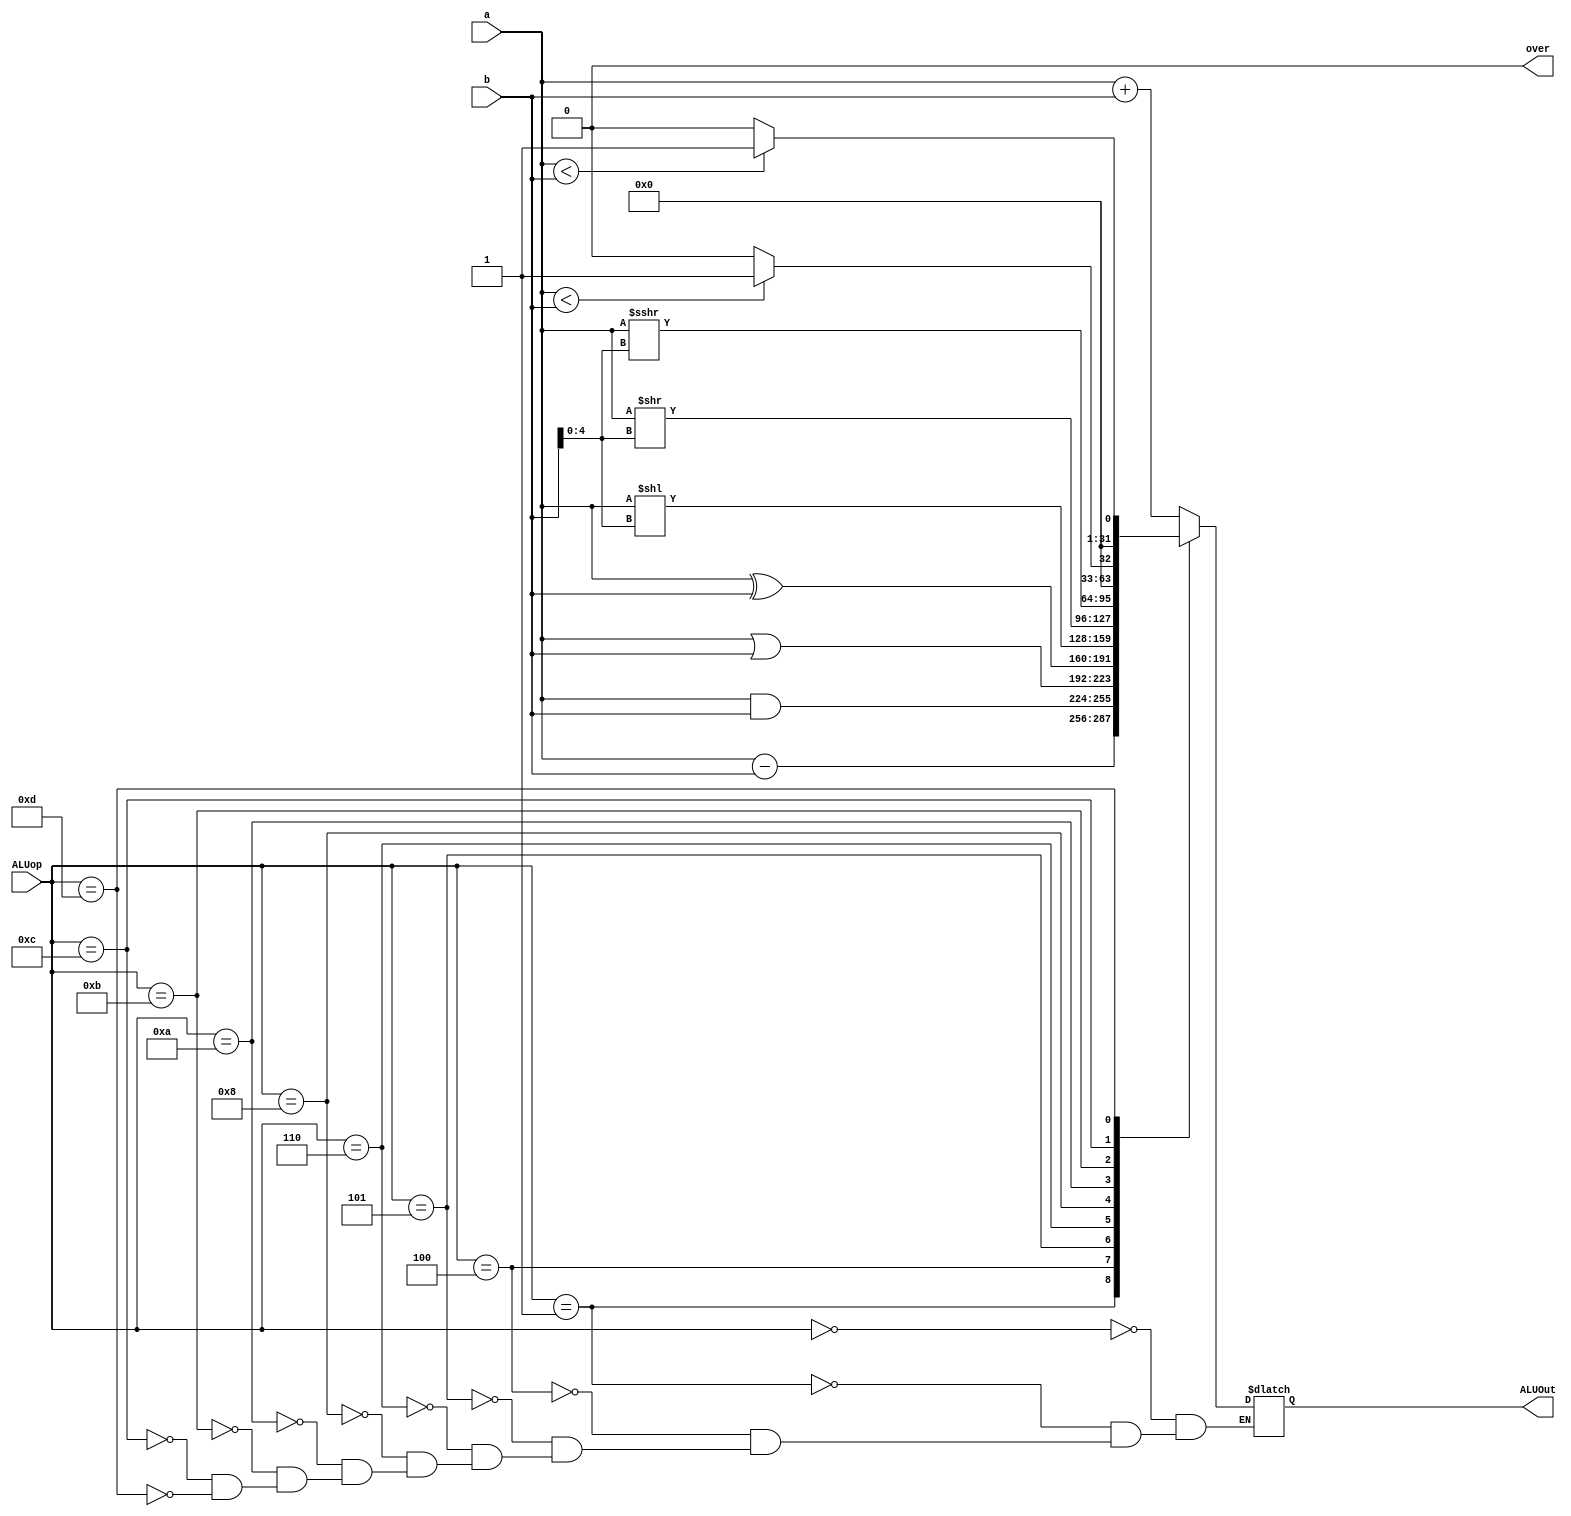

module ALU(input [31:0] a,b,
           input [3:0] ALUop,
           output reg[31:0] ALUOut,
           output reg over);// 0 indicate no overflow
always @(*)
      begin 
           case (ALUop)
              4'b00_00: ALUOut=a+b;
              4'b00_01: ALUOut=a-b;
              4'b01_00: ALUOut=a&b;
              4'b01_01: ALUOut=a|b;
              4'b01_10: ALUOut=a^b;
              4'b10_00: ALUOut=a<<b[4:0];//left shift logical
              4'b10_10: ALUOut=a>>b[4:0];//right shift logical
              4'b10_11: ALUOut=$signed(a)>>>$signed(b[4:0]);//arithmetic right shift
              4'b11_00: ALUOut=$signed(a) < $signed(b)? 32'b1:32'b0;//set less than
              4'b11_01: ALUOut=a < b ? 32'b1:32'b0;//set less than unsigned
               endcase 
              over<=0;
        end
endmodule